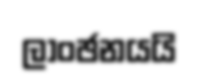
ලාංඡනයයි